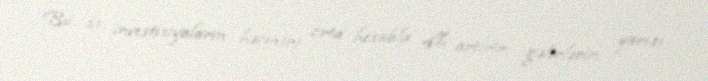
Bu da investisiyaların həcmini orta hesabla 4% artırir, gəlirlərin yarısı